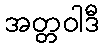
အတ္တဝါဒီ